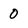
Character: 0